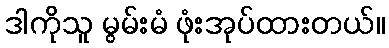
ဒါကိုသူ မွမ်းမံ ဖုံးအုပ်ထားတယ်။